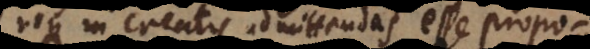
neque in creatis admittendas esse propositiones